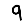
Digit: 9